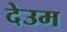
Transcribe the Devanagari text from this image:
देउम